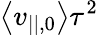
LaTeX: \left\langle{v_{||,0}}\right\rangle\tau^{2}